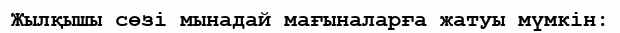
Жылқышы сөзі мынадай мағыналарға жатуы мүмкін: